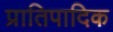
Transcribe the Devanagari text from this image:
प्रातिपादिक